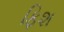
ફિશ